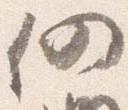
仍